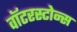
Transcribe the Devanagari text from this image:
वॉटरस्टोन्स